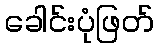
ခေါင်းပုံဖြတ်